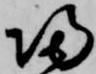
帰